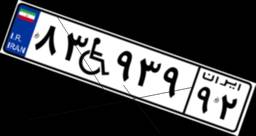
۵۱W۴۷۸۷۸